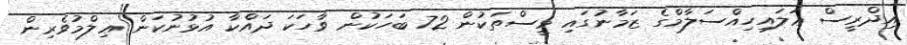
އިދްރީސް ޢަލައިހިއްސަލާމްގެ ޒަމާނުގައި މީސްތަކުން 72 ބަހަކުން ވާހަކަ ދައްކާ އުޅުނުކަން ޢިލްމުވެރިން